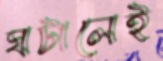
ঘটালেই